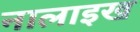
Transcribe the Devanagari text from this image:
नालाइख